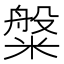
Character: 𬖯